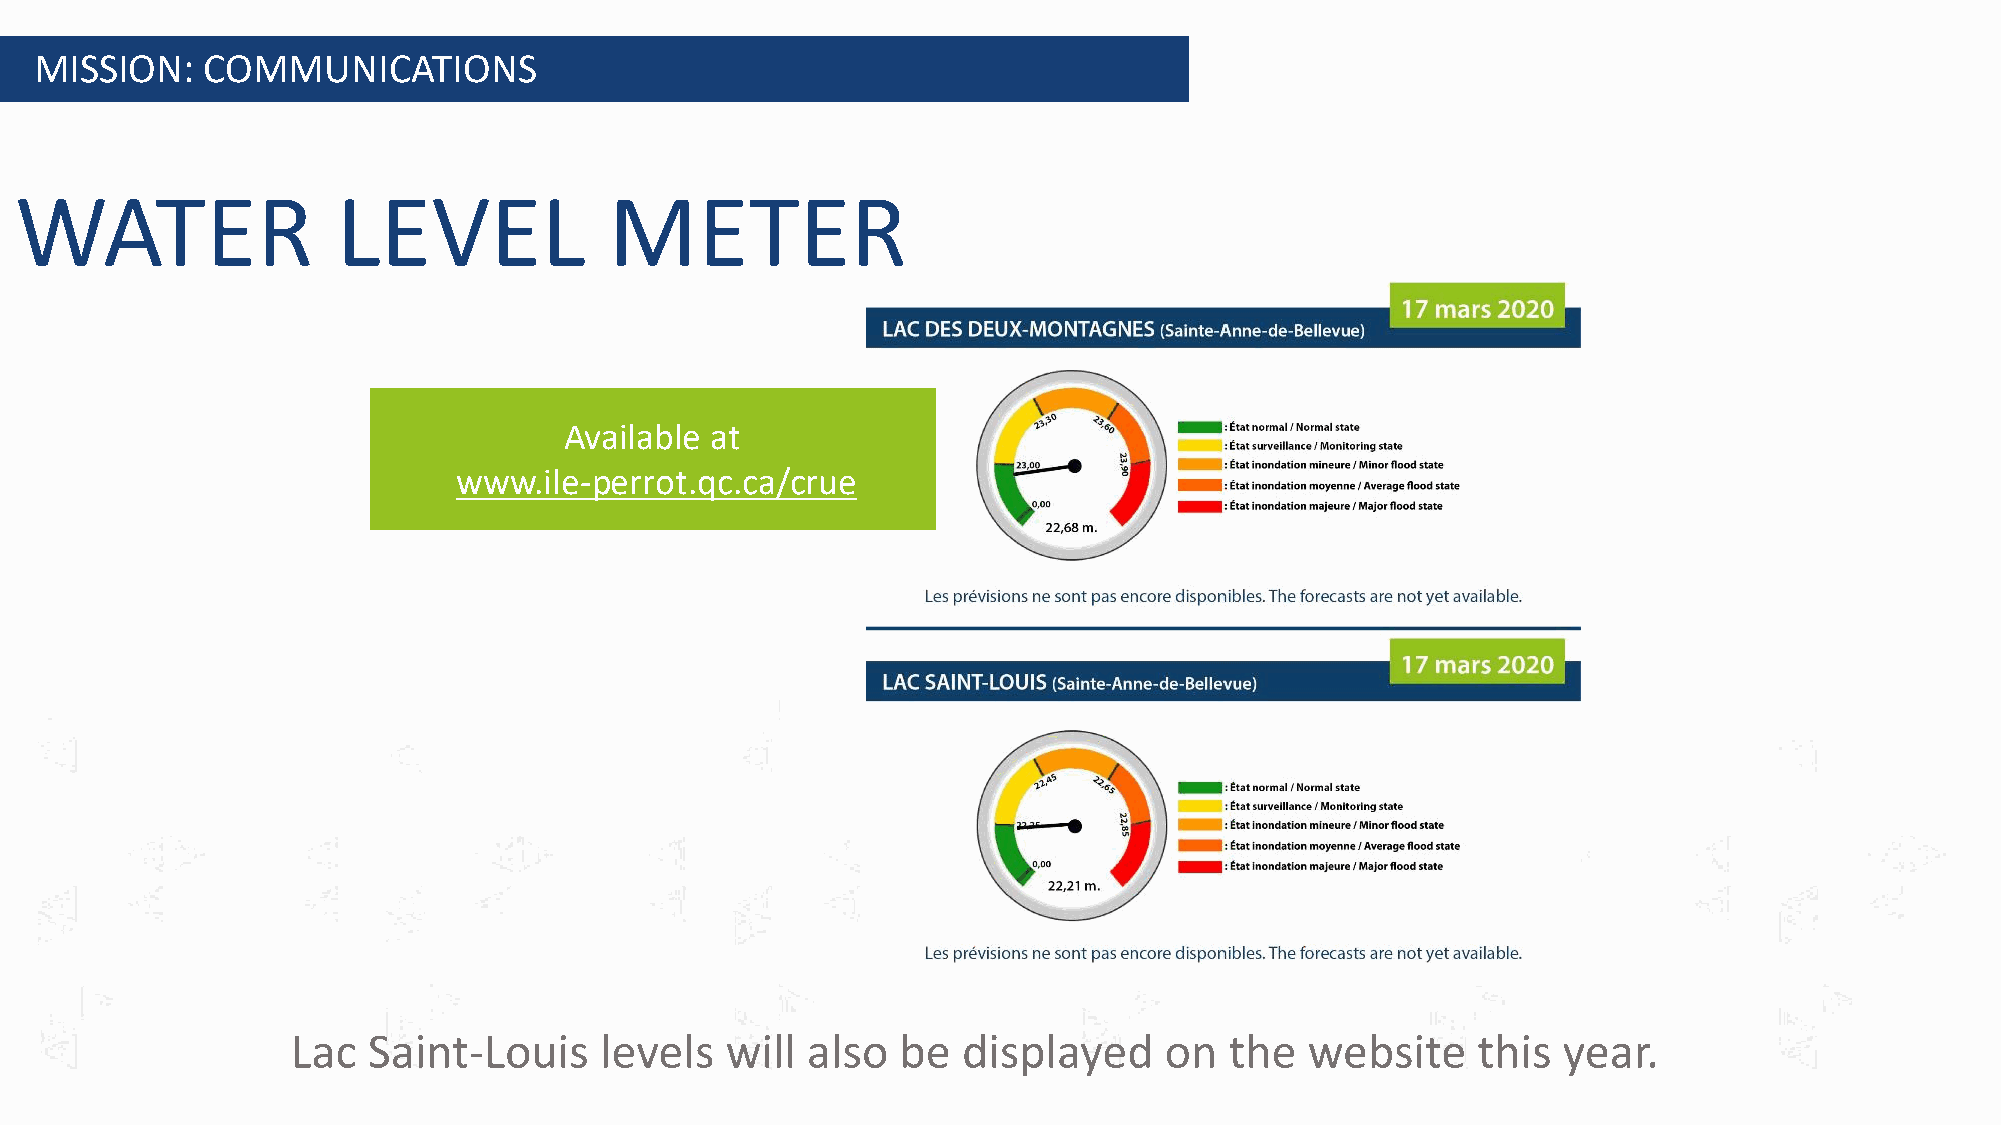
MISSION:   COMMUNICATIONS
 WATER                LEVEL             METER
 Available at
 www.ile-perrot.qc.ca/crue
 Lac  Saint-Louis     levels  will also   be  displayed    on  the   website    this year.